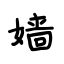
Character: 嫱